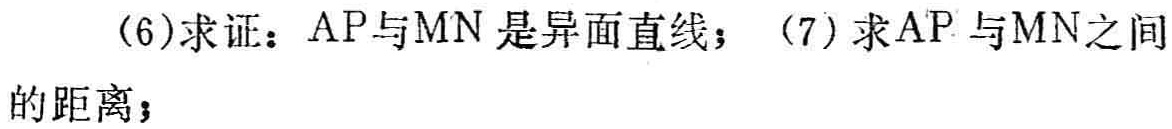
(6)求证：$AP$与$MN$是异面直线；(7)求$AP$与$MN$之间的距离；